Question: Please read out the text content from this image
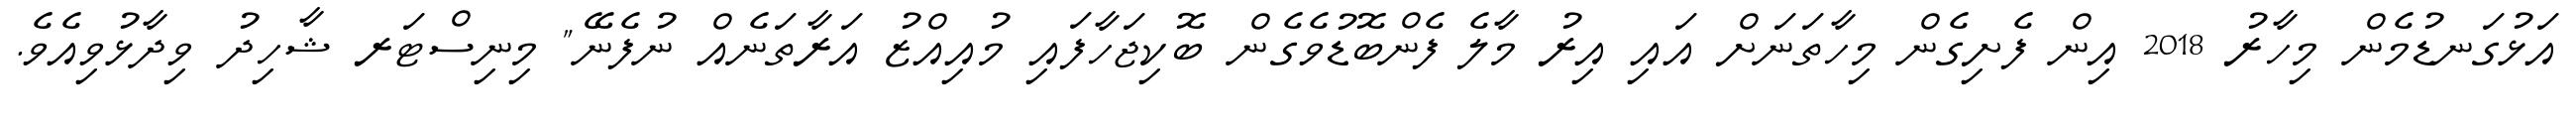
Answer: އަޅުގަނޑުމެން މިހާރު 2018 އިން ފެށިގެން މިހާތަނަށް އައި އިރު މާލެ ފެންބޮޑުވެގެން ބޮކިޖަހާފައި މުއިއްޒު އަރާތަނެއް ނުފެނޭ" މިނިސްޓަރ ޝާހިދު ވިދާޅުވިއެވެ.